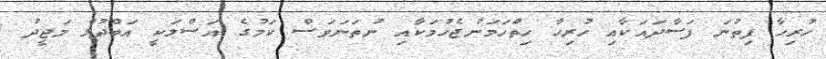
ހުރިހާ ފިތުނަ ފަސާދައަކާއި ހުރިހާ ހިތްހަމަނުޖެހުމަކާއި ނުތަނަވަސް ކަމުގެ އަސްލަކީ އަބްދުލް މަޖީދު